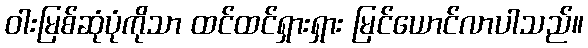
ဝါးမြစ်ဆုံပုံကိုသာ ထင်ထင်ရှားရှား မြင်ယောင်လာပါသည်။